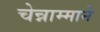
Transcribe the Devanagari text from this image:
चेन्नाम्माने